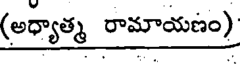
(అధ్యాత్మ రామాయణం)